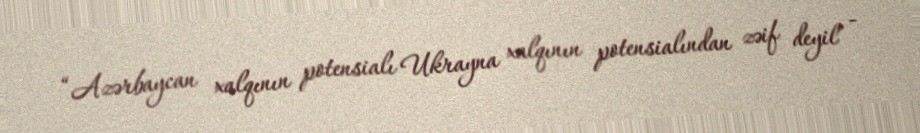
“Azərbaycan xalqının potensialı Ukrayna xalqının potensialından zəif deyil” -